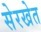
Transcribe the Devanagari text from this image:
सेरखेत